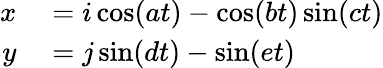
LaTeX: \begin{array}{rl}{x}&{{}=i\cos(at)-\cos(bt)\sin(ct)}\\ {y}&{{}=j\sin(dt)-\sin(et)}\end{array}